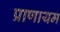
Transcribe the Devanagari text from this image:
प्राणायम